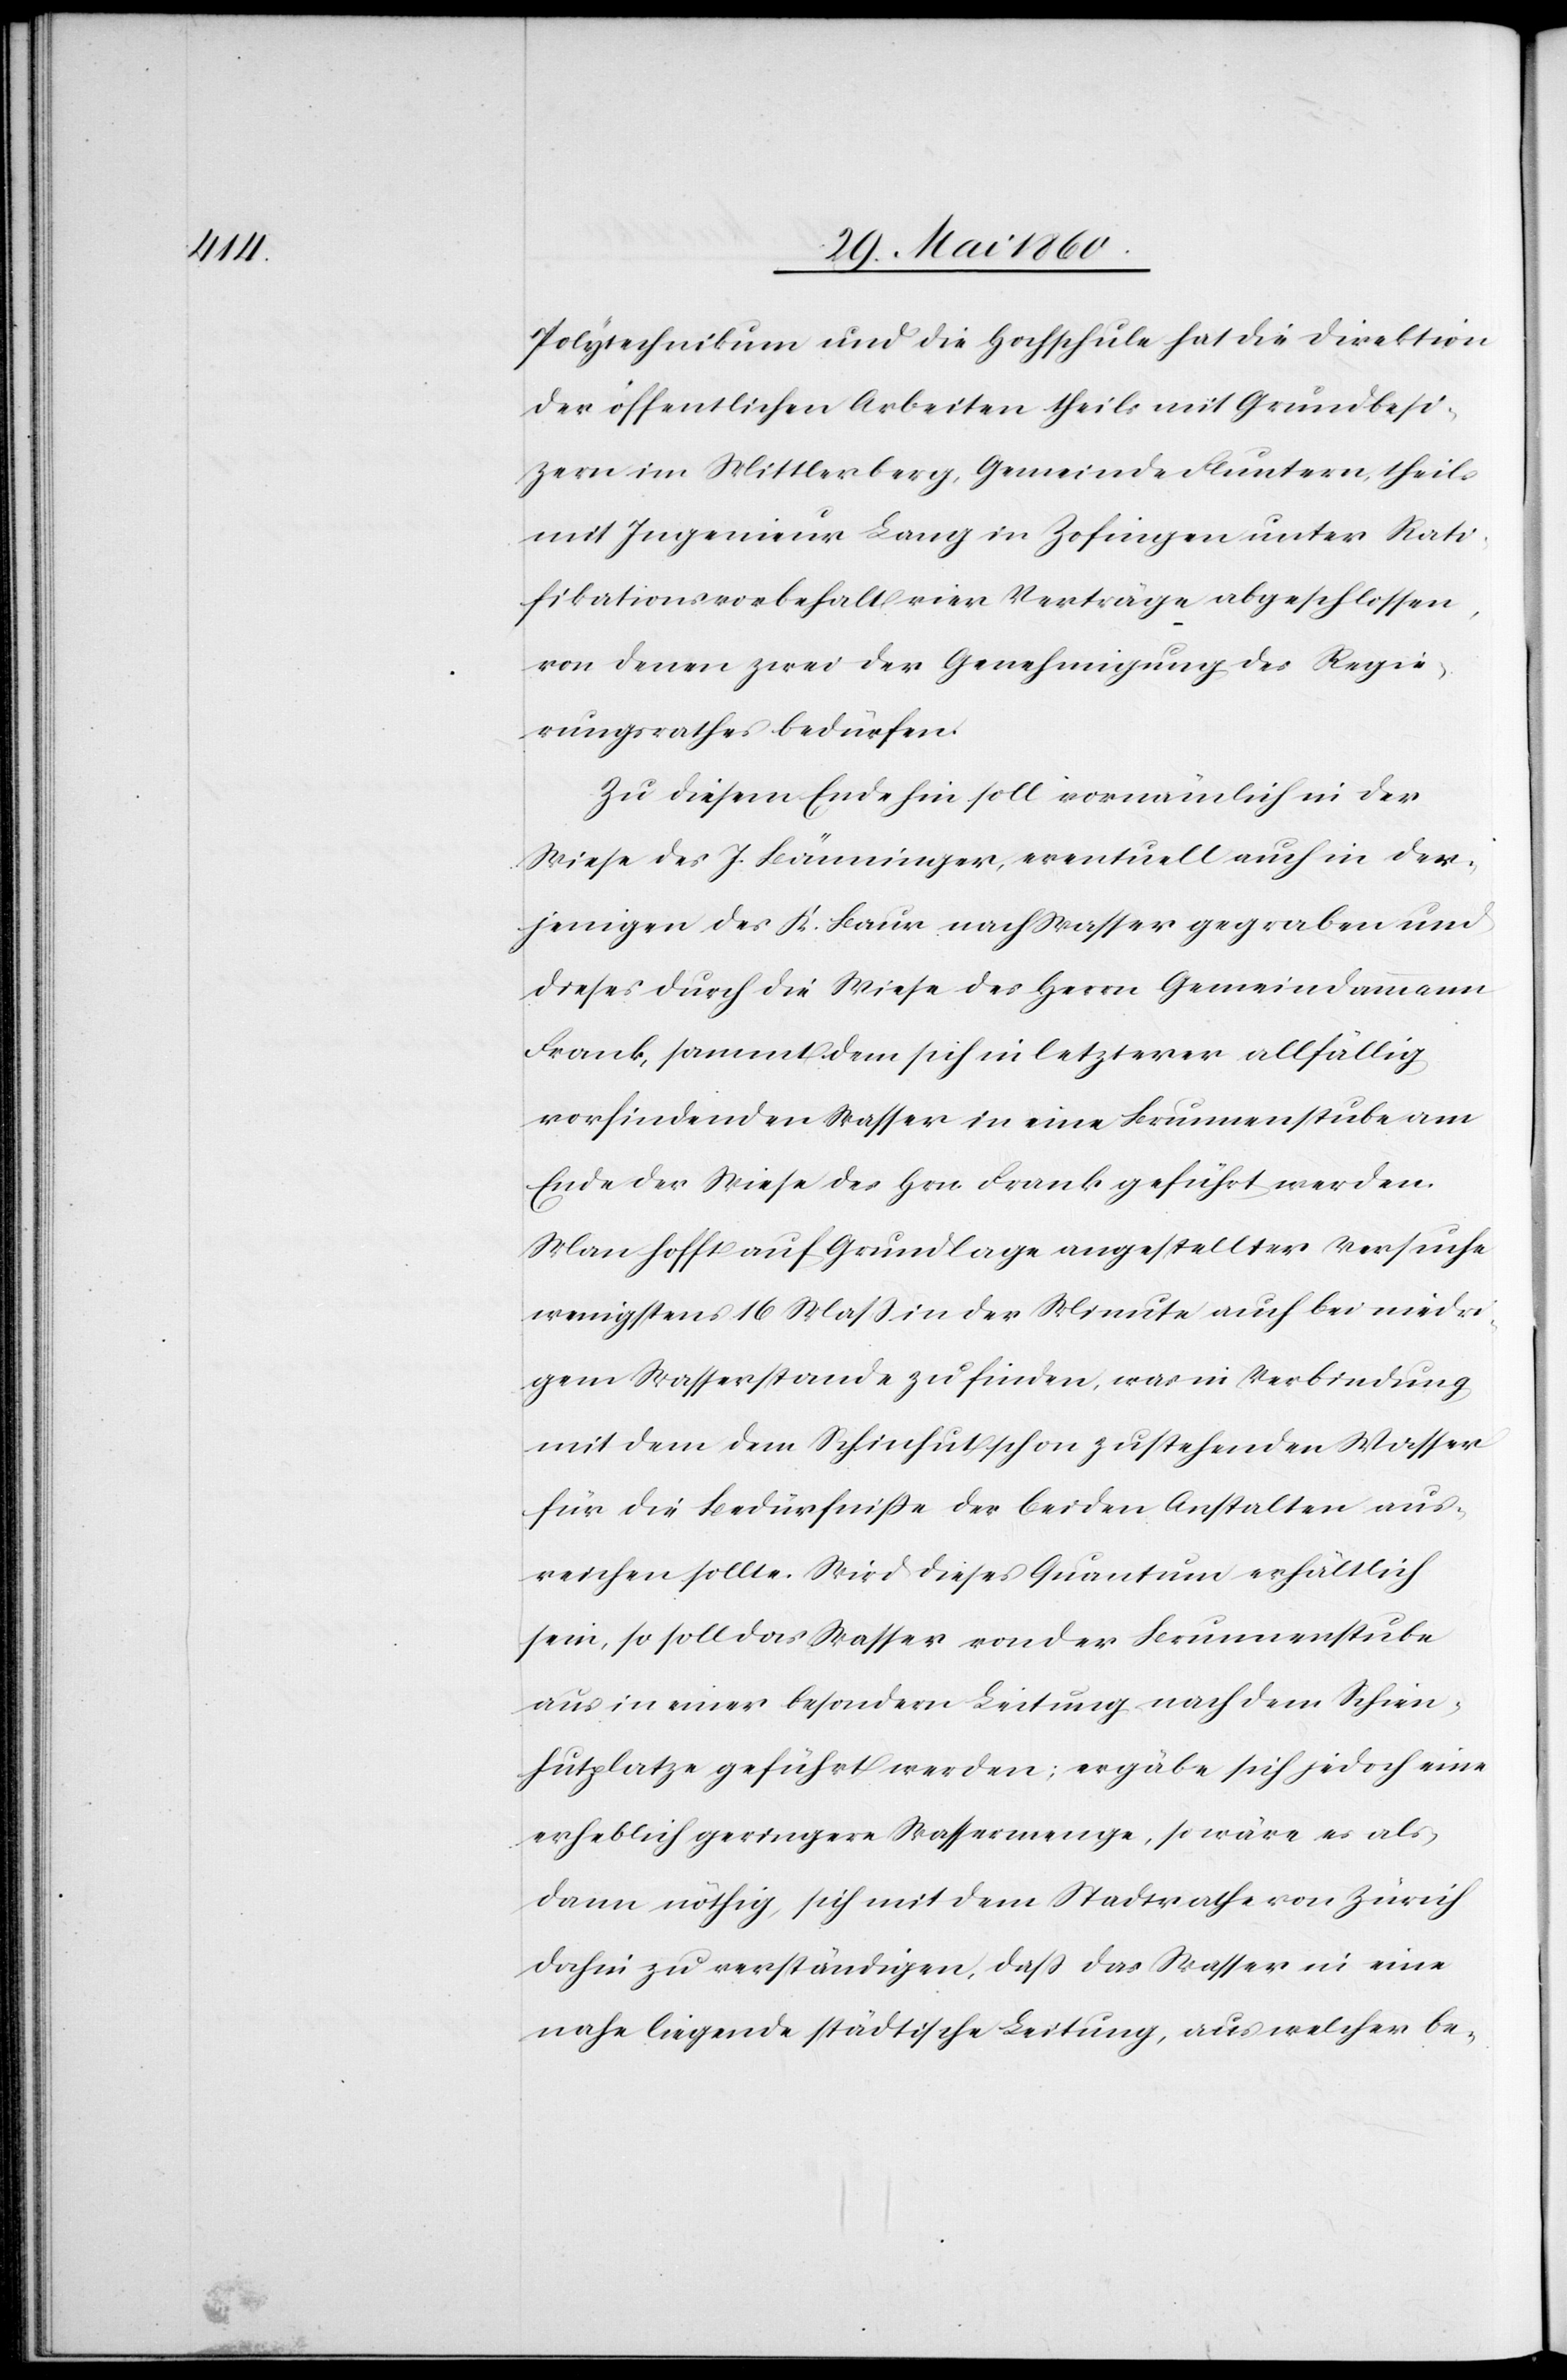
Polytechnikum und die Hochschule hat die Direktion
der öffentlichen Arbeiten theils mit Grundbesit¬
zern im Mittlerberg, Gemeinde Fluntern, theils
mit Ingenieur Lang in Zofingen unter Rati¬
fikationsvorbehalt vier Verträge abgeschlossen,
von denen zwei der Genehmigung des Regie¬
rungsrathes bedürfen.
Zu diesem Ende hin soll vornämlich in der
Wiese des J. Bänninger eventuell auch in der¬
jenigen des K. Baur nach Wasser gegraben und
dieses durch die Wiese des Herrn Gemeindammann
Frank, sammt dem sich in letzterer allfällig
vorfindenden Wasser in eine Brunnenstube am
Ende der Wiese des Frank geführt werden.
Man hofft auf Grundlage angestellter Versuche
wenigstens 16 Mass in der Minute auch bei niedri¬
gem Wasserstande zu finden, was in Verbindung
mit dem dem Schinhut zustehenden Wasser für die Bedürfnisse
ausreichen sollte. Wird dieses Quantum erhältlich
sein, so soll das Wasser von der Brunnenstube
aus in einer besondern Leitung nach dem Schin¬
hutplatze geführt werden; ergäbe sich jedoch eine
erheblich geringere Wassermenge, so wäre es als¬
dann nöthig, sich mit dem Stadtrathe von Zürich
dahin zu verständigen, dass das Wasser in eine
nahe liegende städtische Leitung, aus welcher be-